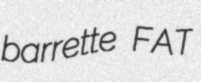
barrette FAT